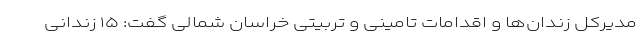
مدیرکل زندان‌ها و اقدامات تامینی و تربیتی خراسان شمالی گفت: ۱۵ زندانی